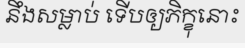
នឹងសម្លាប់ ទើបឲ្យភិក្ខុនោះ